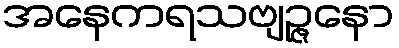
အနေကရသဗျဉ္ဇနော